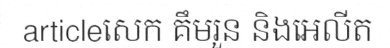
articleសេក គឹមរួន និងអេលីត